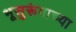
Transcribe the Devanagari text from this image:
भूसुरूंगाच्या